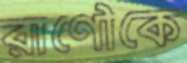
রাণৌকে